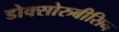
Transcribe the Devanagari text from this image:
डोक्सोरुबीसिन